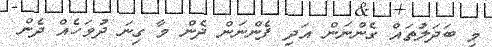
މި ބަދަލުތައް ގެންނަން އަދި ފެންނަން ދެން މާ ގިނަ ދުވަހެއް ދެން